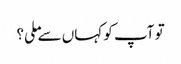
تو آپ کو کہاں سے ملی؟